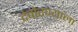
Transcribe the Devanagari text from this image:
देवोरण्याला